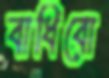
বাধিবো